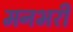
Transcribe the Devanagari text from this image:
मनभरी